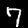
Label: 7